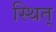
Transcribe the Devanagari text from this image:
स्थित्